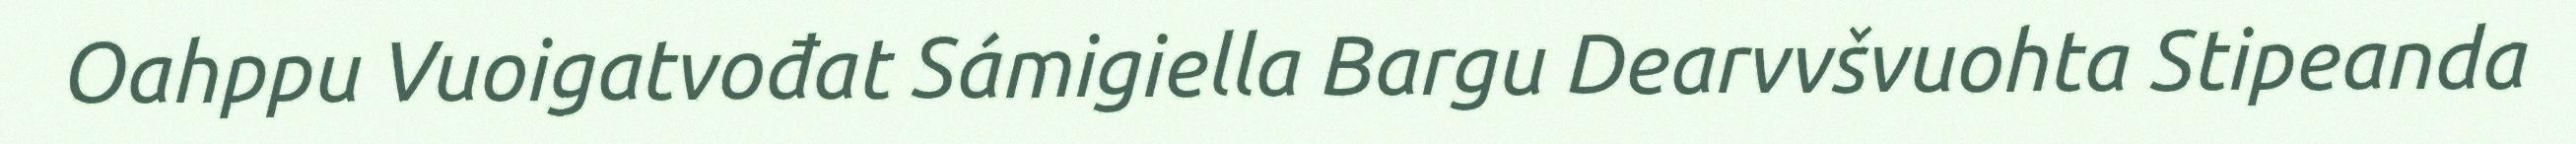
Oahppu Vuoigatvođat Sámigiella Bargu Dearvvšvuohta Stipeanda